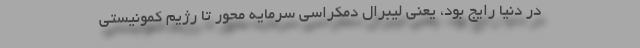
در دنیا رایج بود، یعنی لیبرال دمکراسی سرمایه محور تا رژیم کمونیستی